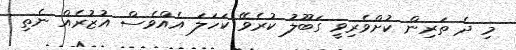
މި ދެ ތަރިން ކުށްވެރިވީ ގަބޫލު ކުރެވޭ ކަހަލަ އެއްވެސް އުޒުރެއް ނެތި